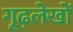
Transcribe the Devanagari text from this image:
गूढ़लेखों